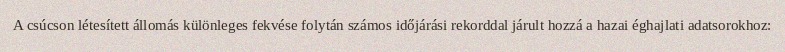
A csúcson létesített állomás különleges fekvése folytán számos időjárási rekorddal járult hozzá a hazai éghajlati adatsorokhoz: